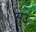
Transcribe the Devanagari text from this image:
सूउ